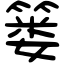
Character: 篓